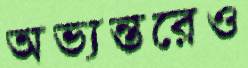
অভ্যন্তরেও